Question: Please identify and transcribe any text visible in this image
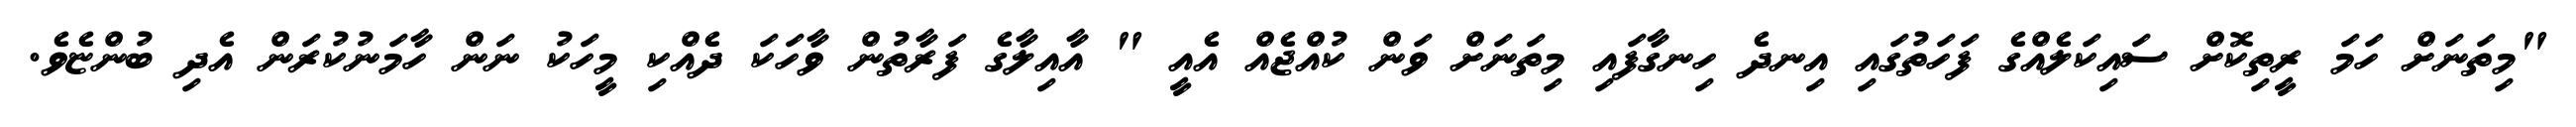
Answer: "މިތަނަށް ހަމަ ރީތިކޮށް ސައިކަލެއްގެ ފަހަތުގައި އިނދެ ހިނގާފައި މިތަނަށް ވަން ކުއްޖެއް އެއީ " އާއިލާގެ ފަރާތުން ވާހަކަ ދެއްކި މީހަކު ނަން ހާމަނުކުރަން އެދި ބުންޏެވެ.